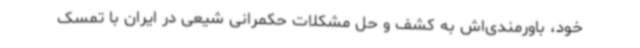
خود، باورمندی‌اش به کشف و حل مشکلات حکمرانی شیعی در ایران با تمسک